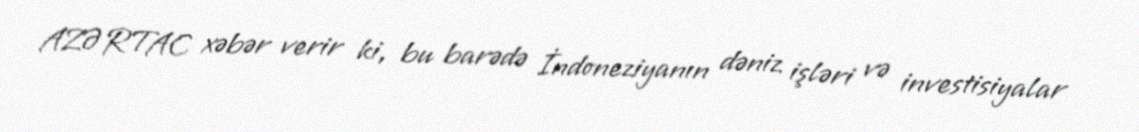
AZƏRTAC xəbər verir ki, bu barədə İndoneziyanın dəniz işləri və investisiyalar